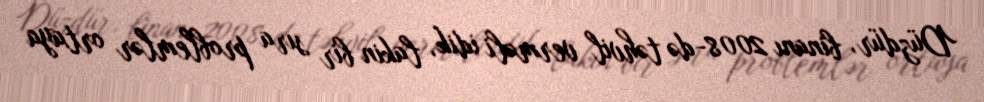
Düzdür, binanı 2008-də təhvil verməli idik, lakin bir sıra problemlər ortaya